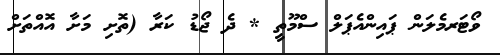
ވޯޓަރމެލަން ޕައިންއެޕަލް ސްމޫތީ * ދެ ޖޯޑު ކަރާ (ތޮށި މަށާ އޮއްތަށް